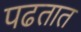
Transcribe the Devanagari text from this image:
पढतात